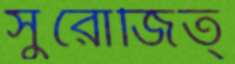
সুরোজিত্